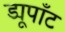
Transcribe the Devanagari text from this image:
ड्यूपाँट